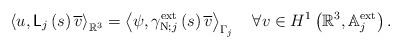
LaTeX: \begin{align*}\left\langle u,\mathsf{L}_{j}\left( s\right) \overline{v}\right\rangle_{\mathbb{R}^{3}}=\left\langle \psi,\gamma_{\operatorname*{N};j}^{\operatorname*{ext}}\left( s\right) \overline{v}\right\rangle _{\Gamma_{j}}\quad\forall v\in H^{1}\left( \mathbb{R}^{3},\mathbb{A}_{j}^{\operatorname*{ext}}\right) .\end{align*}